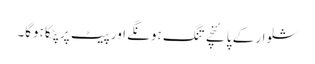
شلوار کے پائنچے تنگ ہونگے اور پیٹ پر پٹکا ہوگا۔